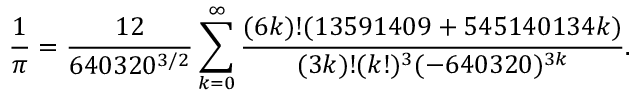
{ \frac { 1 } { \pi } } = { \frac { 1 2 } { 6 4 0 3 2 0 ^ { 3 / 2 } } } \sum _ { k = 0 } ^ { \infty } { \frac { ( 6 k ) ! ( 1 3 5 9 1 4 0 9 + 5 4 5 1 4 0 1 3 4 k ) } { ( 3 k ) ! ( k ! ) ^ { 3 } ( - 6 4 0 3 2 0 ) ^ { 3 k } } } .